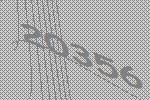
20356